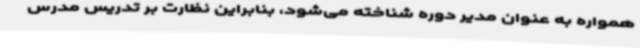
همواره به عنوان مدیر دوره شناخته می‌شود، بنابراین نظارت بر تدریس مدرس